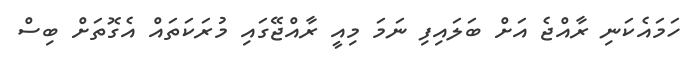
ހަމައެކަނި ރާއްޖެ އަށް ބަލައިފި ނަމަ މިއީ ރާއްޖޭގައި މުރަކަތައް އެގޮތަށް ބިސް